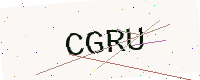
Text: CGRU